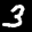
Label: 3